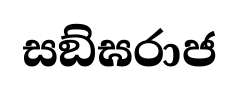
සඞ්ඝරාජ